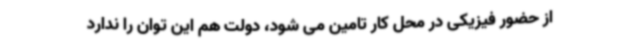
از حضور فیزیکی در محل کار تامین می شود، دولت هم این توان را ندارد